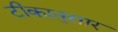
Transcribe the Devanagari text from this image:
टीकानुसार